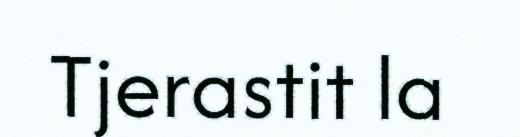
Tjerastit la